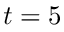
t = 5